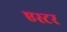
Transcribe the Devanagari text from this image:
एस्‍टर